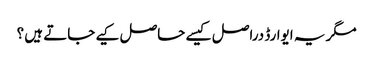
مگر یہ ایوارڈ دراصل کیسے حاصل کیے جاتے ہیں ؟